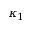
\kappa _ { 1 }